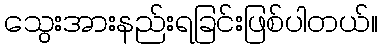
သွေးအားနည်းရခြင်းဖြစ်ပါတယ်။